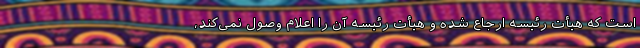
است که هیأت رئیسه ارجاع شده و هیأت رئیسه آن را اعلام وصول نمی‌کند،